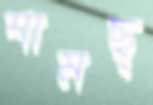
শামছ্